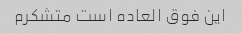
این فوق العاده است متشکرم